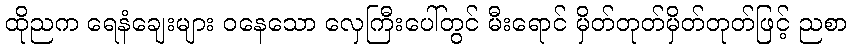
ထိုညက ရေနံချေးများ ဝနေသော လှေကြီးပေါ်တွင် မီးရောင် မှိတ်တုတ်မှိတ်တုတ်ဖြင့် ညစာ